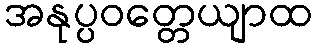
အနုပ္ပဝတ္တေယျာထ